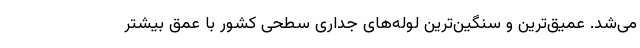
می‌شد. عمیق‌ترین و سنگین‌ترین لوله‌های جداری سطحی کشور با عمق بیشتر